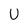
Character: U